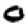
Digit: 0